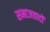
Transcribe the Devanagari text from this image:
समाजवादों